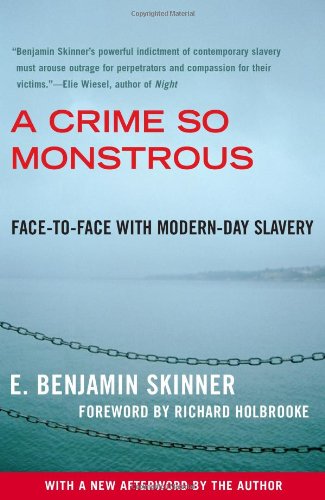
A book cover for A Crime So Monstrous: Face-to-Face with Modern-Day Slavery; E. Benjamin Skinner; History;